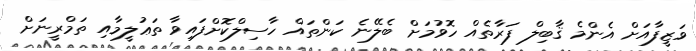
ވަޒީފާއަށް އެންމެ ޤާބިލް ފަރާތެއް ހޮވުމަށް ބެލޭނެ ކަންތައް ހާސިލްކޮށްފައިވާ ތަޢުލީމާއި ތަމްރީނަށް